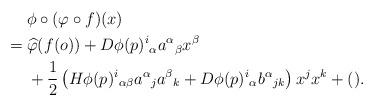
LaTeX: \begin{align*}&\hphantom{{}={}}\phi\circ(\varphi\circ f)(x)\\*&=\widehat{\varphi}(f(o))+D\phi(p)^i{}_\alpha a^\alpha{}_\beta x^\beta\\*&\hphantom{{}={}}+\frac12\left(H\phi(p)^i{}_{\alpha\beta}a^\alpha{}_ja^\beta{}_k+D\phi(p)^i{}_\alpha b^\alpha{}_{jk}\right)x^jx^k+().\end{align*}